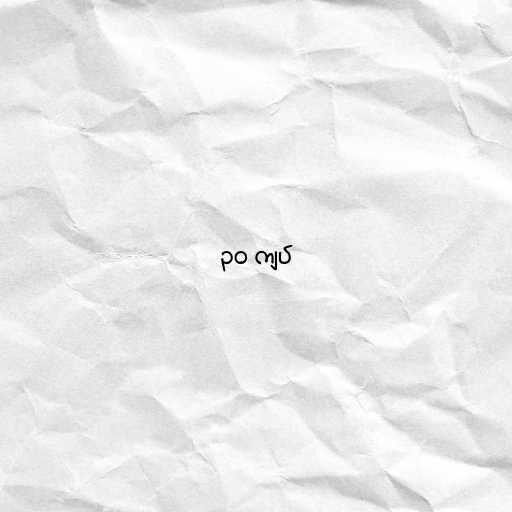
၃၀ ကျပ်